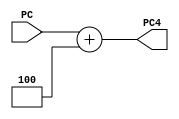
`timescale 1ns / 1ps
//////////////////////////////////////////////////////////////////////////////////
// Company: 
// Engineer: 
// 
// Design Name: 
// Module Name: add4
// Project Name: 
// Target Devices: 
// Tool Versions: 
// Description: 
// 
// Dependencies: 
// 
// Revision:
// Revision 0.01 - File Created
// Additional Comments:
// 
//////////////////////////////////////////////////////////////////////////////////


module add4(
    input [31:0] PC,
    output [31:0] PC4
    );

    assign PC4 = PC + 4;

endmodule